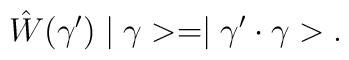
\hat{W}(\gamma')\mid \gamma> = \mid \gamma'\cdot \gamma>.